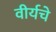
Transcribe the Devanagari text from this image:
वीर्यचे